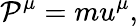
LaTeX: \mathcal{P}^{\mu}=mu^{\mu},